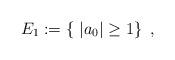
LaTeX: \begin{align*} E_1:=\left\{\ |a_0|\geq 1\right\}\ ,\end{align*}